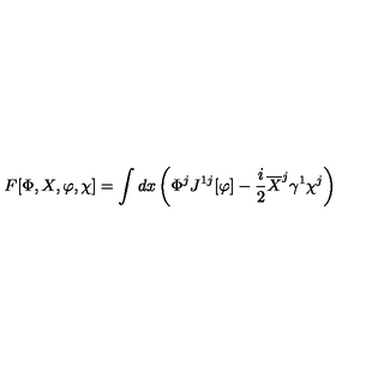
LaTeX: F [ \Phi , X , \varphi , \chi ] = \int d x \left( \Phi ^ { j } J ^ { 1 j } [ \varphi ] - \frac i 2 \overline { X } ^ { j } \gamma ^ { 1 } \chi ^ { j } \right)